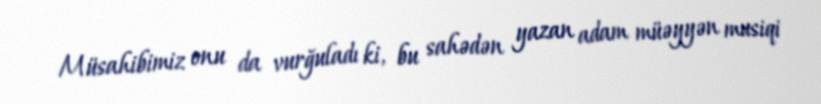
Müsahibimiz onu da vurğuladı ki, bu sahədən yazan adam müəyyən musiqi